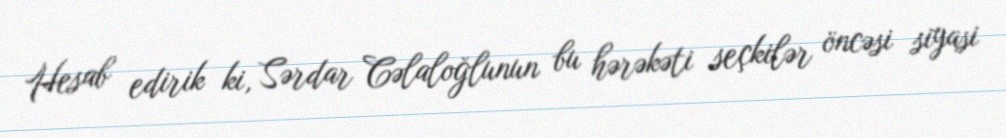
Hesab edirik ki, Sərdar Cəlaloğlunun bu hərəkəti seçkilər öncəsi siyasi